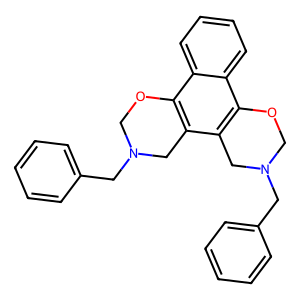
SMILES: c1ccc(CN2COc3c(c4c(c5ccccc35)OCN(Cc3ccccc3)C4)C2)cc1
Inhibits HIV replication: No